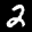
Label: 2